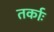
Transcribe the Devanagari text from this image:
तर्काः